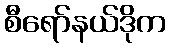
စီရော်နယ်ဒိုက